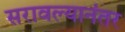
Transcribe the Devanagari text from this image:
सरावल्यानंतर